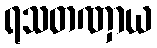
ရသတဏှာယ